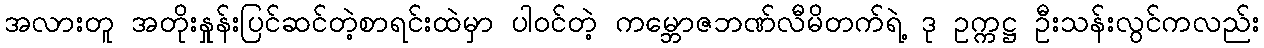
အလားတူ အတိုးနှုန်းပြင်ဆင်တဲ့စာရင်းထဲမှာ ပါဝင်တဲ့ ကမ္ဘောဇဘဏ်လီမိတက်ရဲ့ ဒု ဥက္ကဋ္ဌ ဦးသန်းလွင်ကလည်း